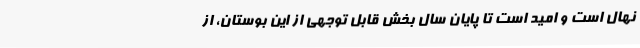
نهال است و امید است تا پایان سال بخش قابل توجهی از این بوستان، از